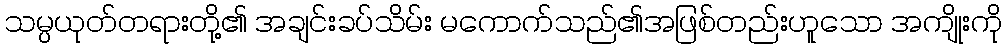
သမ္ပယုတ်တရားတို့၏ အချင်းခပ်သိမ်း မကောက်သည်၏အဖြစ်တည်းဟူသော အကျိုးကို